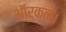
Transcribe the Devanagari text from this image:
ऑर्क्ल।